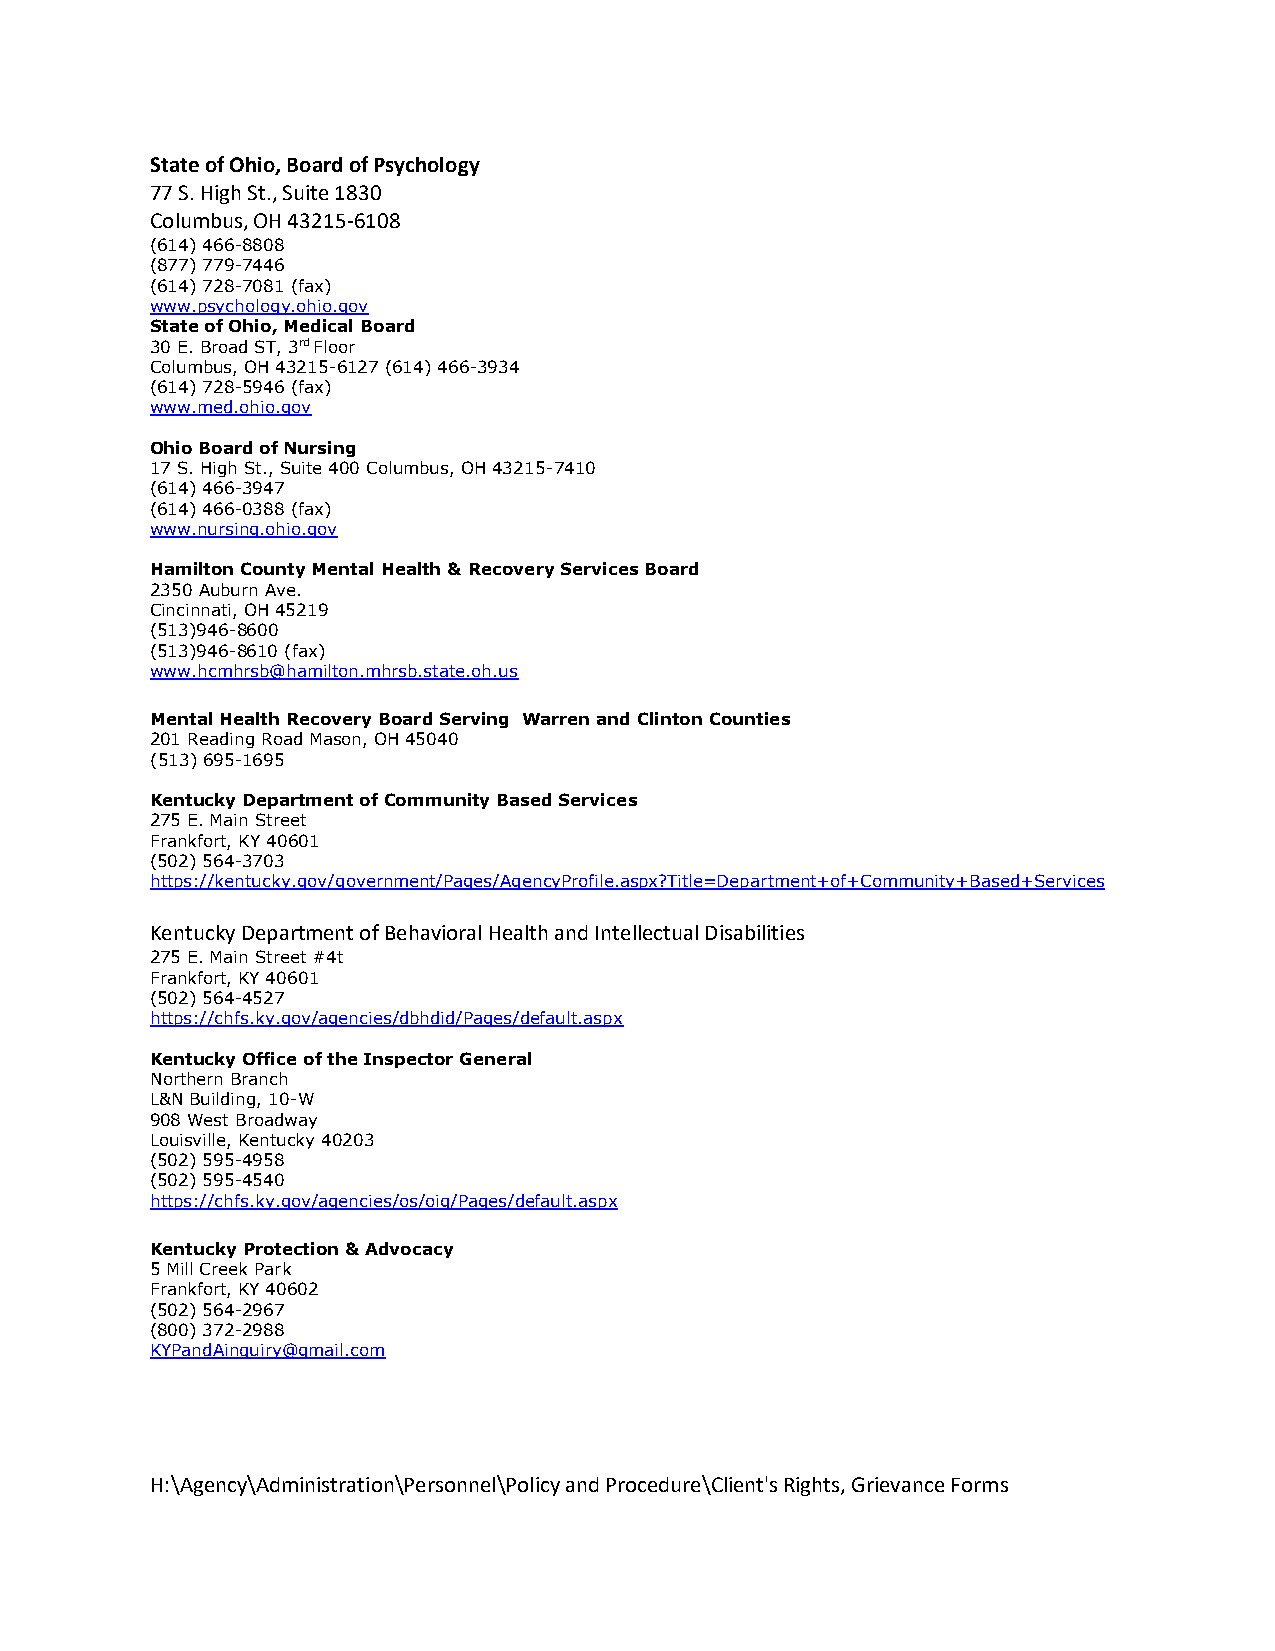
State of Ohio, Board of Psychology
 77 S. High St., Suite 1830
 Columbus, OH 43215-6108
 (614) 466-8808
 (877) 779-7446
 (614) 728-7081 (fax)
 www.psychology.ohio.gov
 State of Ohio, Medical Board
 30 E. Broad ST, 3rd Floor
 Columbus, OH 43215-6127 (614) 466-3934
 (614) 728-5946 (fax)
 www.med.ohio.gov
 Ohio Board of Nursing
 17 S. High St., Suite 400 Columbus, OH 43215-7410
 (614) 466-3947
 (614) 466-0388 (fax)
 www.nursing.ohio.gov
 Hamilton County Mental Health & Recovery Services Board
 2350 Auburn Ave.
 Cincinnati, OH 45219
 (513)946-8600
 (513)946-8610 (fax)
 www.hcmhrsb@hamilton.mhrsb.state.oh.us
 Mental Health Recovery Board Serving Warren and Clinton Counties
 201 Reading Road Mason, OH 45040
 (513) 695-1695
 Kentucky Department of Community Based Services
 275 E. Main Street
 Frankfort, KY 40601
 (502) 564-3703
 https://kentucky.gov/government/Pages/AgencyProfile.aspx?Title=Department+of+Community+Based+Services
 Kentucky Department of Behavioral Health and Intellectual Disabilities
 275 E. Main Street #4t
 Frankfort, KY 40601
 (502) 564-4527
 https://chfs.ky.gov/agencies/dbhdid/Pages/default.aspx
 Kentucky Office of the Inspector General
 Northern Branch
 L&N Building, 10-W
 908 West Broadway
 Louisville, Kentucky 40203
 (502) 595-4958
 (502) 595-4540
 https://chfs.ky.gov/agencies/os/oig/Pages/default.aspx
 Kentucky Protection & Advocacy
 5 Mill Creek Park
 Frankfort, KY 40602
 (502) 564-2967
 (800) 372-2988
 KYPandAinquiry@gmail.com
 H:\Agency\Administration\Personnel\Policy and Procedure\Client's Rights, Grievance Forms